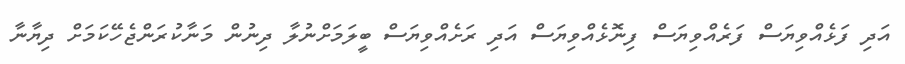
އަދި ފަޅެއްވިޔަސް ފަރެއްވިޔަސް ފިނޮޅެއްވިޔަސް އަދި ރަށެއްވިޔަސް ބީލަމަށްނުލާ ދިނުން މަނާކުރަންޖެހޭކަމަށް ދިޔާނާ